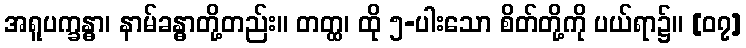
အရူပက္ခန္ဓာ၊ နာမ်ခန္ဓာတို့တည်း။ တတ္ထ၊ ထို ၅-ပါးသော စိတ်တို့ကို ပယ်ရာ၌။ [၀၇]